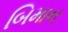
બિમાન